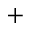
+